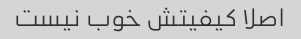
اصلا کیفیتش خوب نیست